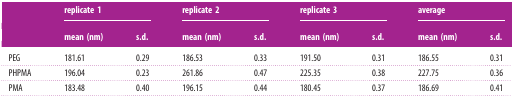
|  | <COLSPAN=2> replicate 1 | <COLSPAN=2> replicate 2 | <COLSPAN=2> replicate 3 | <COLSPAN=2> average |
 |  | mean (nm) | s.d. | mean (nm) | s.d. | mean (nm) | s.d. | mean (nm) | s.d. |
 | --- | --- | --- | --- | --- | --- | --- | --- | --- |
 | PEG | 181.61 | 0.29 | 186.53 | 0.33 | 191.50 | 0.31 | 186.55 | 0.31 |
 | PHPMA | 196.04 | 0.23 | 261.86 | 0.47 | 225.35 | 0.38 | 227.75 | 0.36 |
 | PMA | 183.48 | 0.40 | 196.15 | 0.44 | 180.45 | 0.37 | 186.69 | 0.41 |